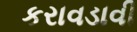
કરાવડાવી